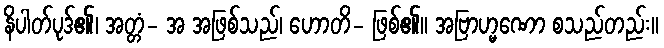
နိပါတ်ပုဒ်၏၊ အတ္တံ- အ အဖြစ်သည်၊ ဟောတိ- ဖြစ်၏။ အဗြာဟ္မဏော စသည်တည်း။